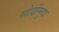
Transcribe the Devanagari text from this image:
सोर्दोमुदा